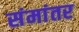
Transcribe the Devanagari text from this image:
संमांतर